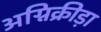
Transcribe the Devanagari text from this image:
अग्निक्रीड़ा